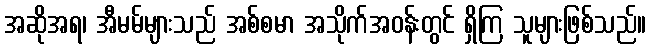
အဆိုအရ၊ အီမမ်များသည် အစ်စမာ အသိုက်အဝန်းတွင် ရှိကြ သူများဖြစ်သည်။